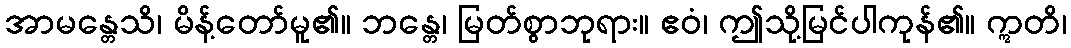
အာမန္တေသိ၊ မိန့်တော်မူ၏။ ဘန္တေ၊ မြတ်စွာဘုရား။ ဧဝံ၊ ဤသို့မြင်ပါကုန်၏။ ဣတိ၊